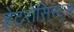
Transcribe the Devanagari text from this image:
हेटरोसिस्ट्स